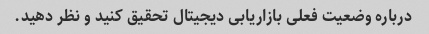
درباره وضعیت فعلی بازاریابی دیجیتال تحقیق کنید و نظر دهید.